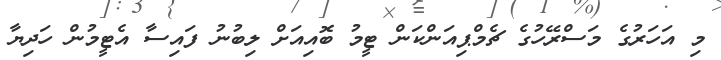
މި އަހަރުގެ މަސްރޭހުގެ ޗެމްޕިއަންކަން ޓީމު ބޮއިއަށް ލިބުނު ފައިސާ އެޓީމުން ހަދިޔާ